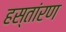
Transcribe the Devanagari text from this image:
हस्तांरण